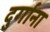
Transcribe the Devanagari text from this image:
दुर्गाना